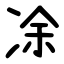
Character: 凃